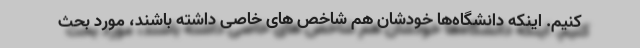
کنیم. اینکه دانشگاه‌ها خودشان هم شاخص های خاصی داشته باشند، مورد بحث